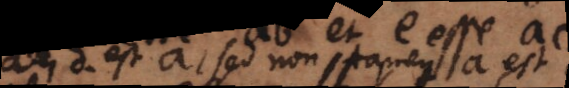
d est a, sed non tamen a est